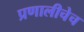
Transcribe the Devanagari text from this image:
प्रणालीचेच